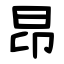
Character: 昂